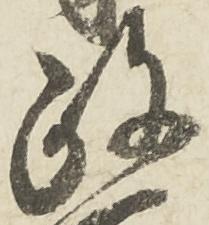
政